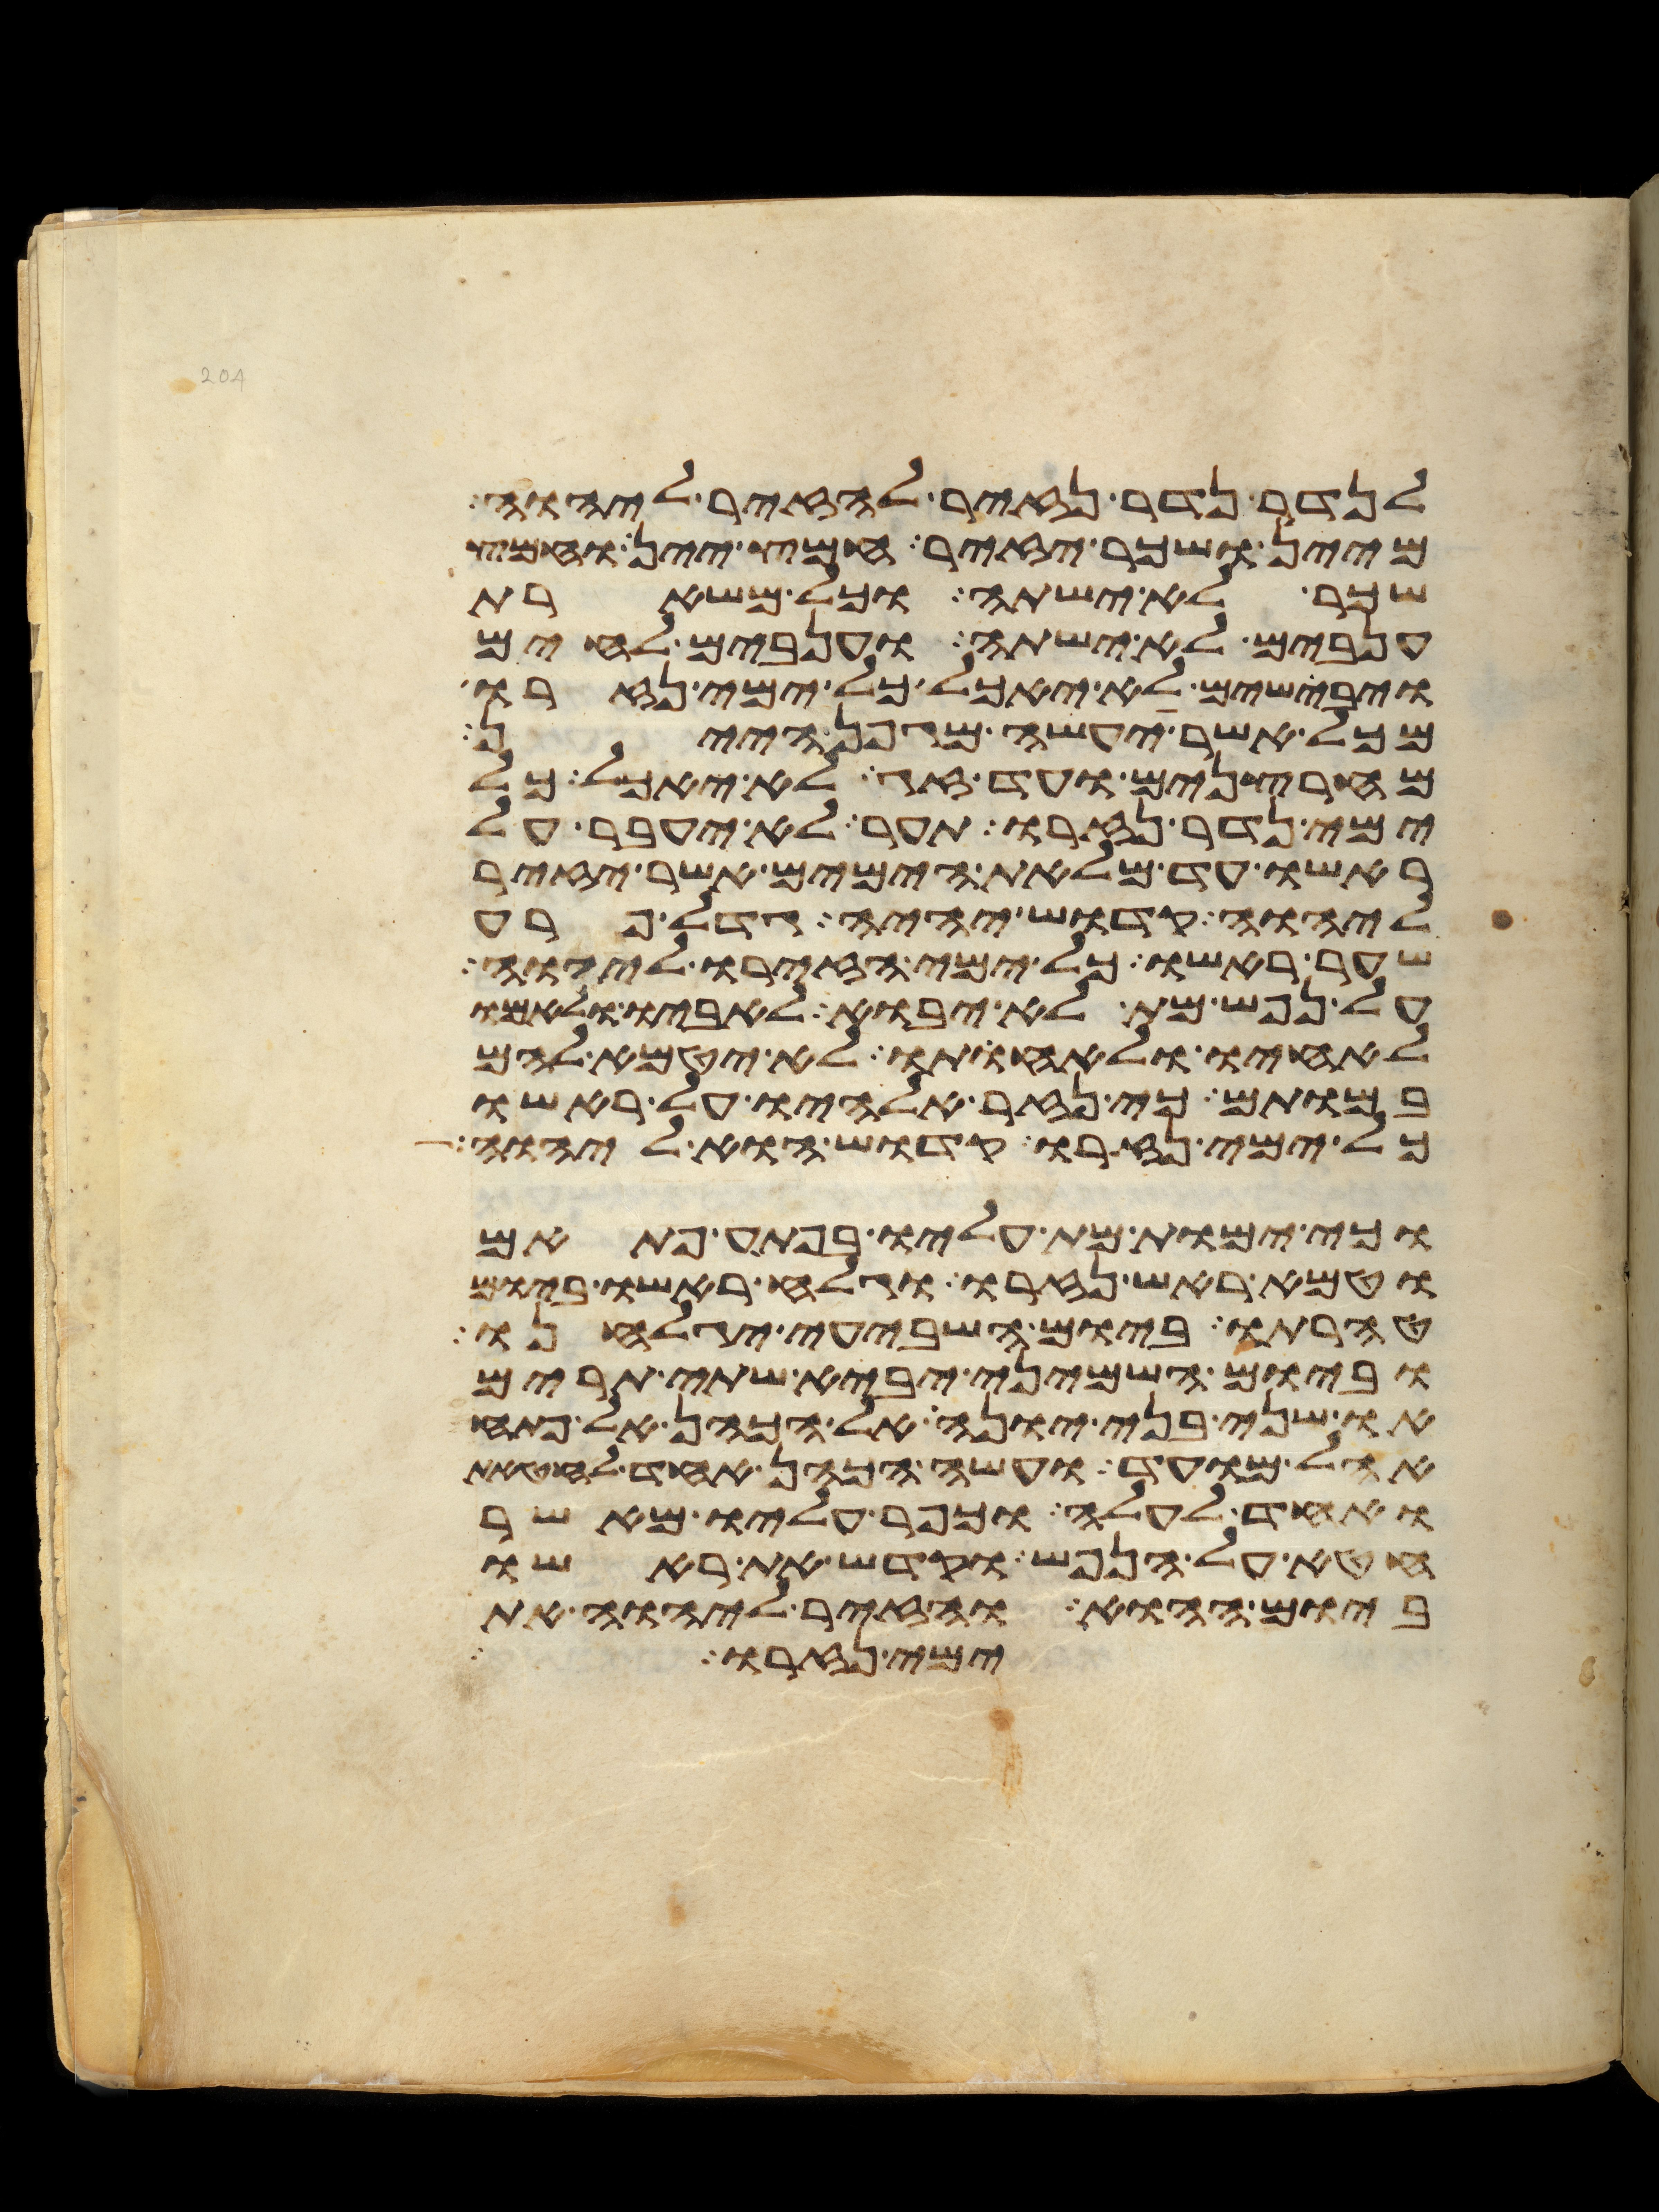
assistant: לנדר נדר נזיר להזיר ליהוה
מיין ושכר יזיר חמץ יין וחמץ
שכר לא ישתה וכל משארת
ענבים לא ישתה וענבים לחים
ויבישים לא יאכל כל ימי נזרו
מכל אשר יעשה מגפן היין
מחרצנים ועד זג לא יאכל כל
ימי נדר נזרו תער לא יעבר על
ראשו עד מלאת הימים אשר יזיר
ליהוה קדוש יהיה גדל פרע
שער ראשו כל ימי הזירו ליהוה
על נפש מת לא יבוא לאביו ולאמו
לאחיו ולאחותו לא יטמא להם
במותם כי נזר אלהיו על ראשו
כל ימי נזרו קדוש הוא ליהוה
וכי ימות מת עליו בפתע פתאם
וטמא ראש נזרו וגלח ראשו ביום
טהרתו ביום השביעי יגלחנו
וביום השמיני יביא שתי תרים
או שני בני יונה אל הכהן אל פתח
אהל מועד ועשה הכהן אחד לחטאת
ואחד לעלה וכפר עליו מאשר
חטא על הנפש וקדש את ראשו
ביום ההוא והזיר ליהוה את
ימי נזרו